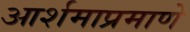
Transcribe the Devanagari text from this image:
आर्शमाप्रमाणे